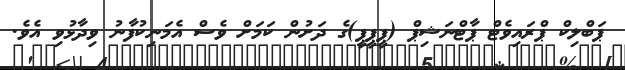
ޕަބްލިކް ޕްރައިވެޓް ޕާޓްނަޝިޕް (ޕީޕީޕީ)ގެ ދަށުން ކަމަށް ވެސް އެމަނިކުފާނު ވިދާޅުވި އެވެ.